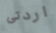
اردتى